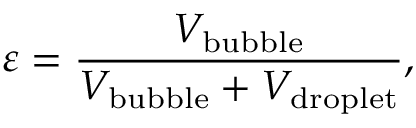
\varepsilon = \frac { V _ { \mathrm { b u b b l e } } } { V _ { \mathrm { b u b b l e } } + V _ { \mathrm { d r o p l e t } } } ,